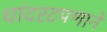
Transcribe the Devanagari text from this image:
धांदरटपणाने